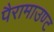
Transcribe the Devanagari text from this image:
पैरामाउण्ट